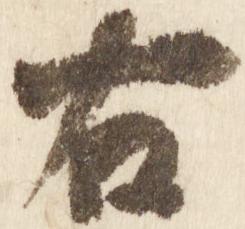
右